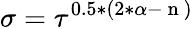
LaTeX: \sigma=\tau^{0.5*(2*\alpha-\mathrm{~n~})}